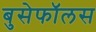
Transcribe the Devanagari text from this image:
बुसेफॉलस